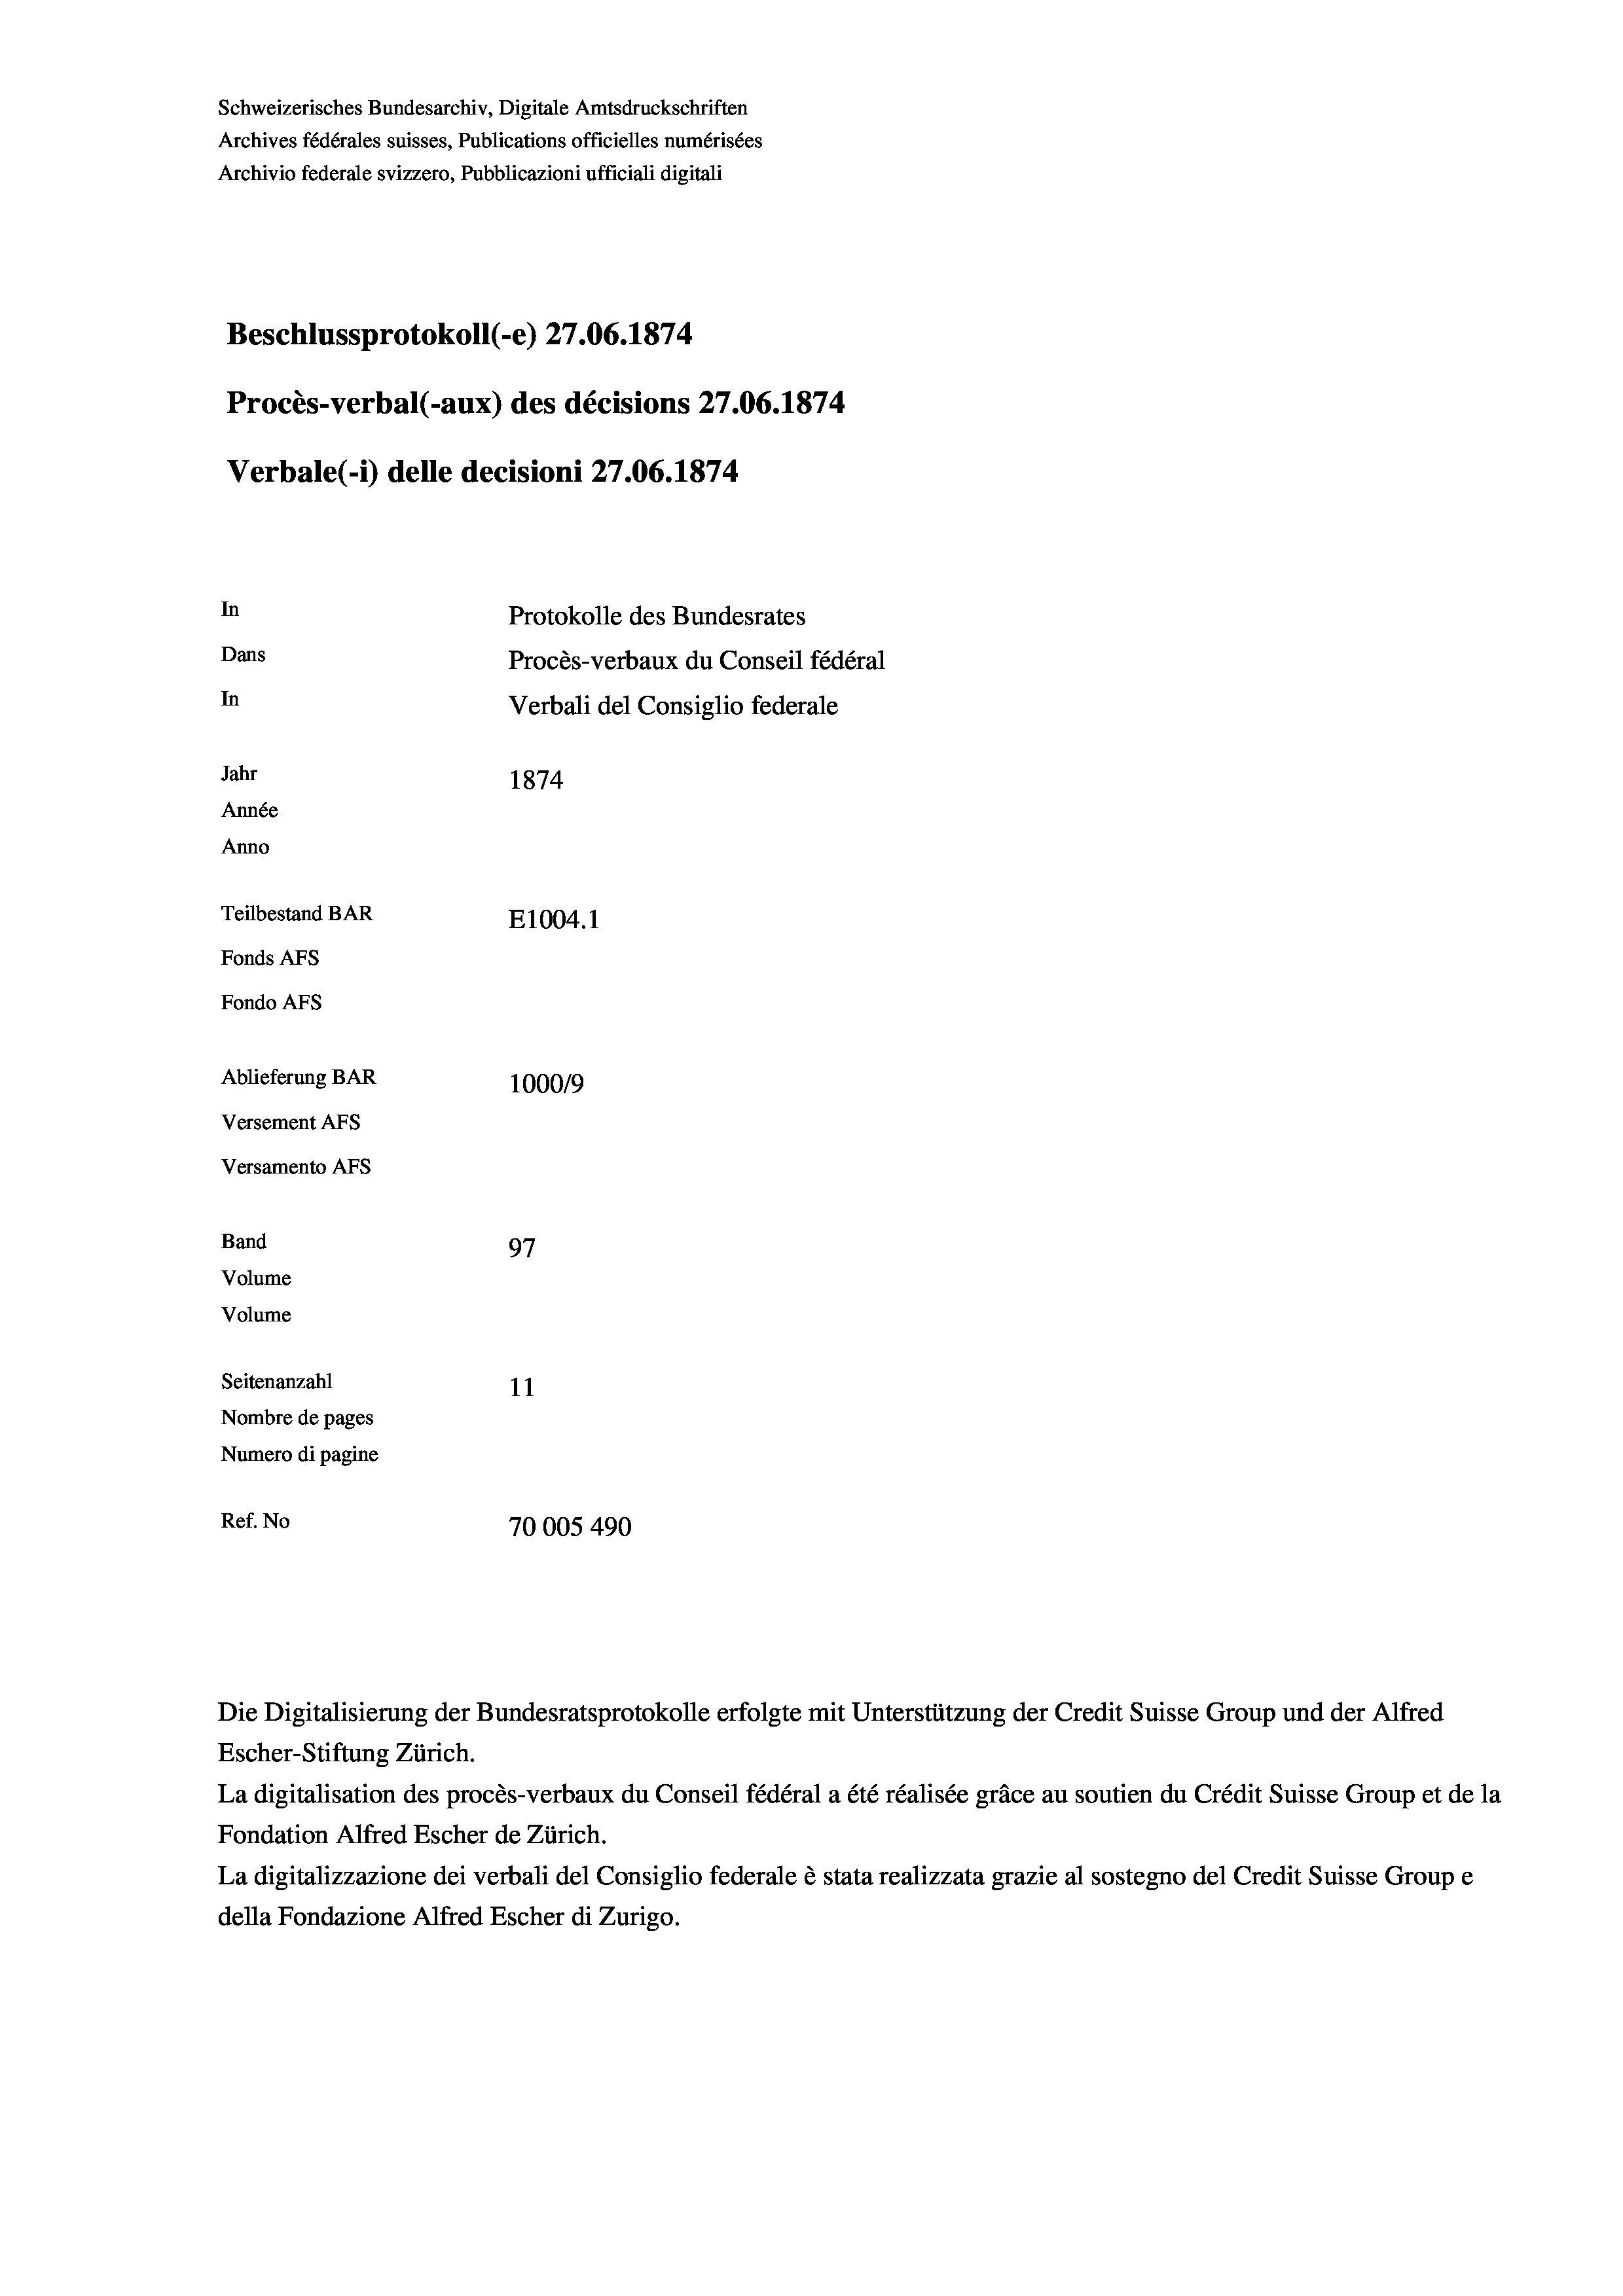
Schweizerisches Bundesarchiv, Digitale Amtsdruckschriften
Archives fédérales suisses, Publications officielles numérisées
Archivio federale svizzero, Pubblicazioni ufficiali digitali
Beschlussprotokoll (-e) 27.06. 1874
Procès-verbal (-aux) des décisions 27.06. 1874
Verbale (- 1) delle decisioni 27.06. 1874.

Versamento Afs
Band
Volume
Volume

In
Dans
In
Jahr
1874
Année
Anno
Teilbestand BAR
E1004.1
Fonds Afs
Fondo AFs
Ablieferung BAR
100019
Versement Abs

97
Seitenanzahl
11
Nombre de pages
Numero di pagine
Ref. No
70005490

Protokolle des Bundesrates
Procès-verbaux du Conseil fédéral
Verbali del Consiglio federale

Die Digitalisierung der Bundesratsprotokolle erfolgte mit Unterstützung der Credit Suisse Group und der Alfred
Escher-Stiftung Zürich.
La digitalisation des procès-verbaux du Conseil fédéral a été réalisée gräce au soutien du Crédit Suisse Group et de la
Fondation Alfred Escher de Zürich.
La digitalizzazione dei verbali del Consiglio federale è stata realizzata grazie al sostegno del Credit Suisse Groupe
della Fondazione Alfred Escher di Zurigo.